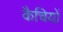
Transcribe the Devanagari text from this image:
कैचियों